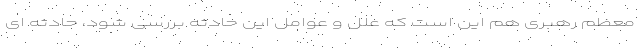
معظم رهبری هم این است که علل و عوامل این حادثه بررسی شود، حادثه ای